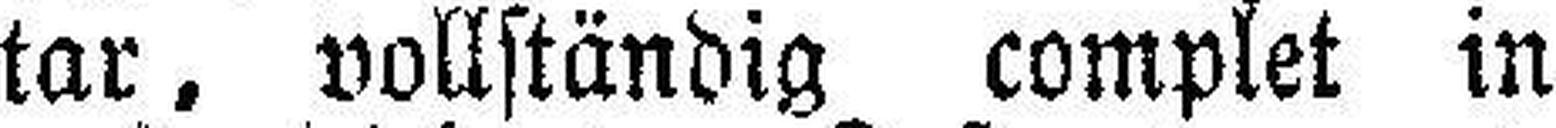
tar, vollständig complet in